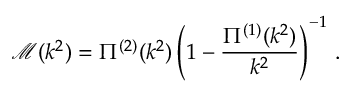
\mathcal { M } ( k ^ { 2 } ) = \Pi ^ { ( 2 ) } ( k ^ { 2 } ) \left( 1 - \frac { \Pi ^ { ( 1 ) } ( k ^ { 2 } ) } { k ^ { 2 } } \right) ^ { - 1 } \, .